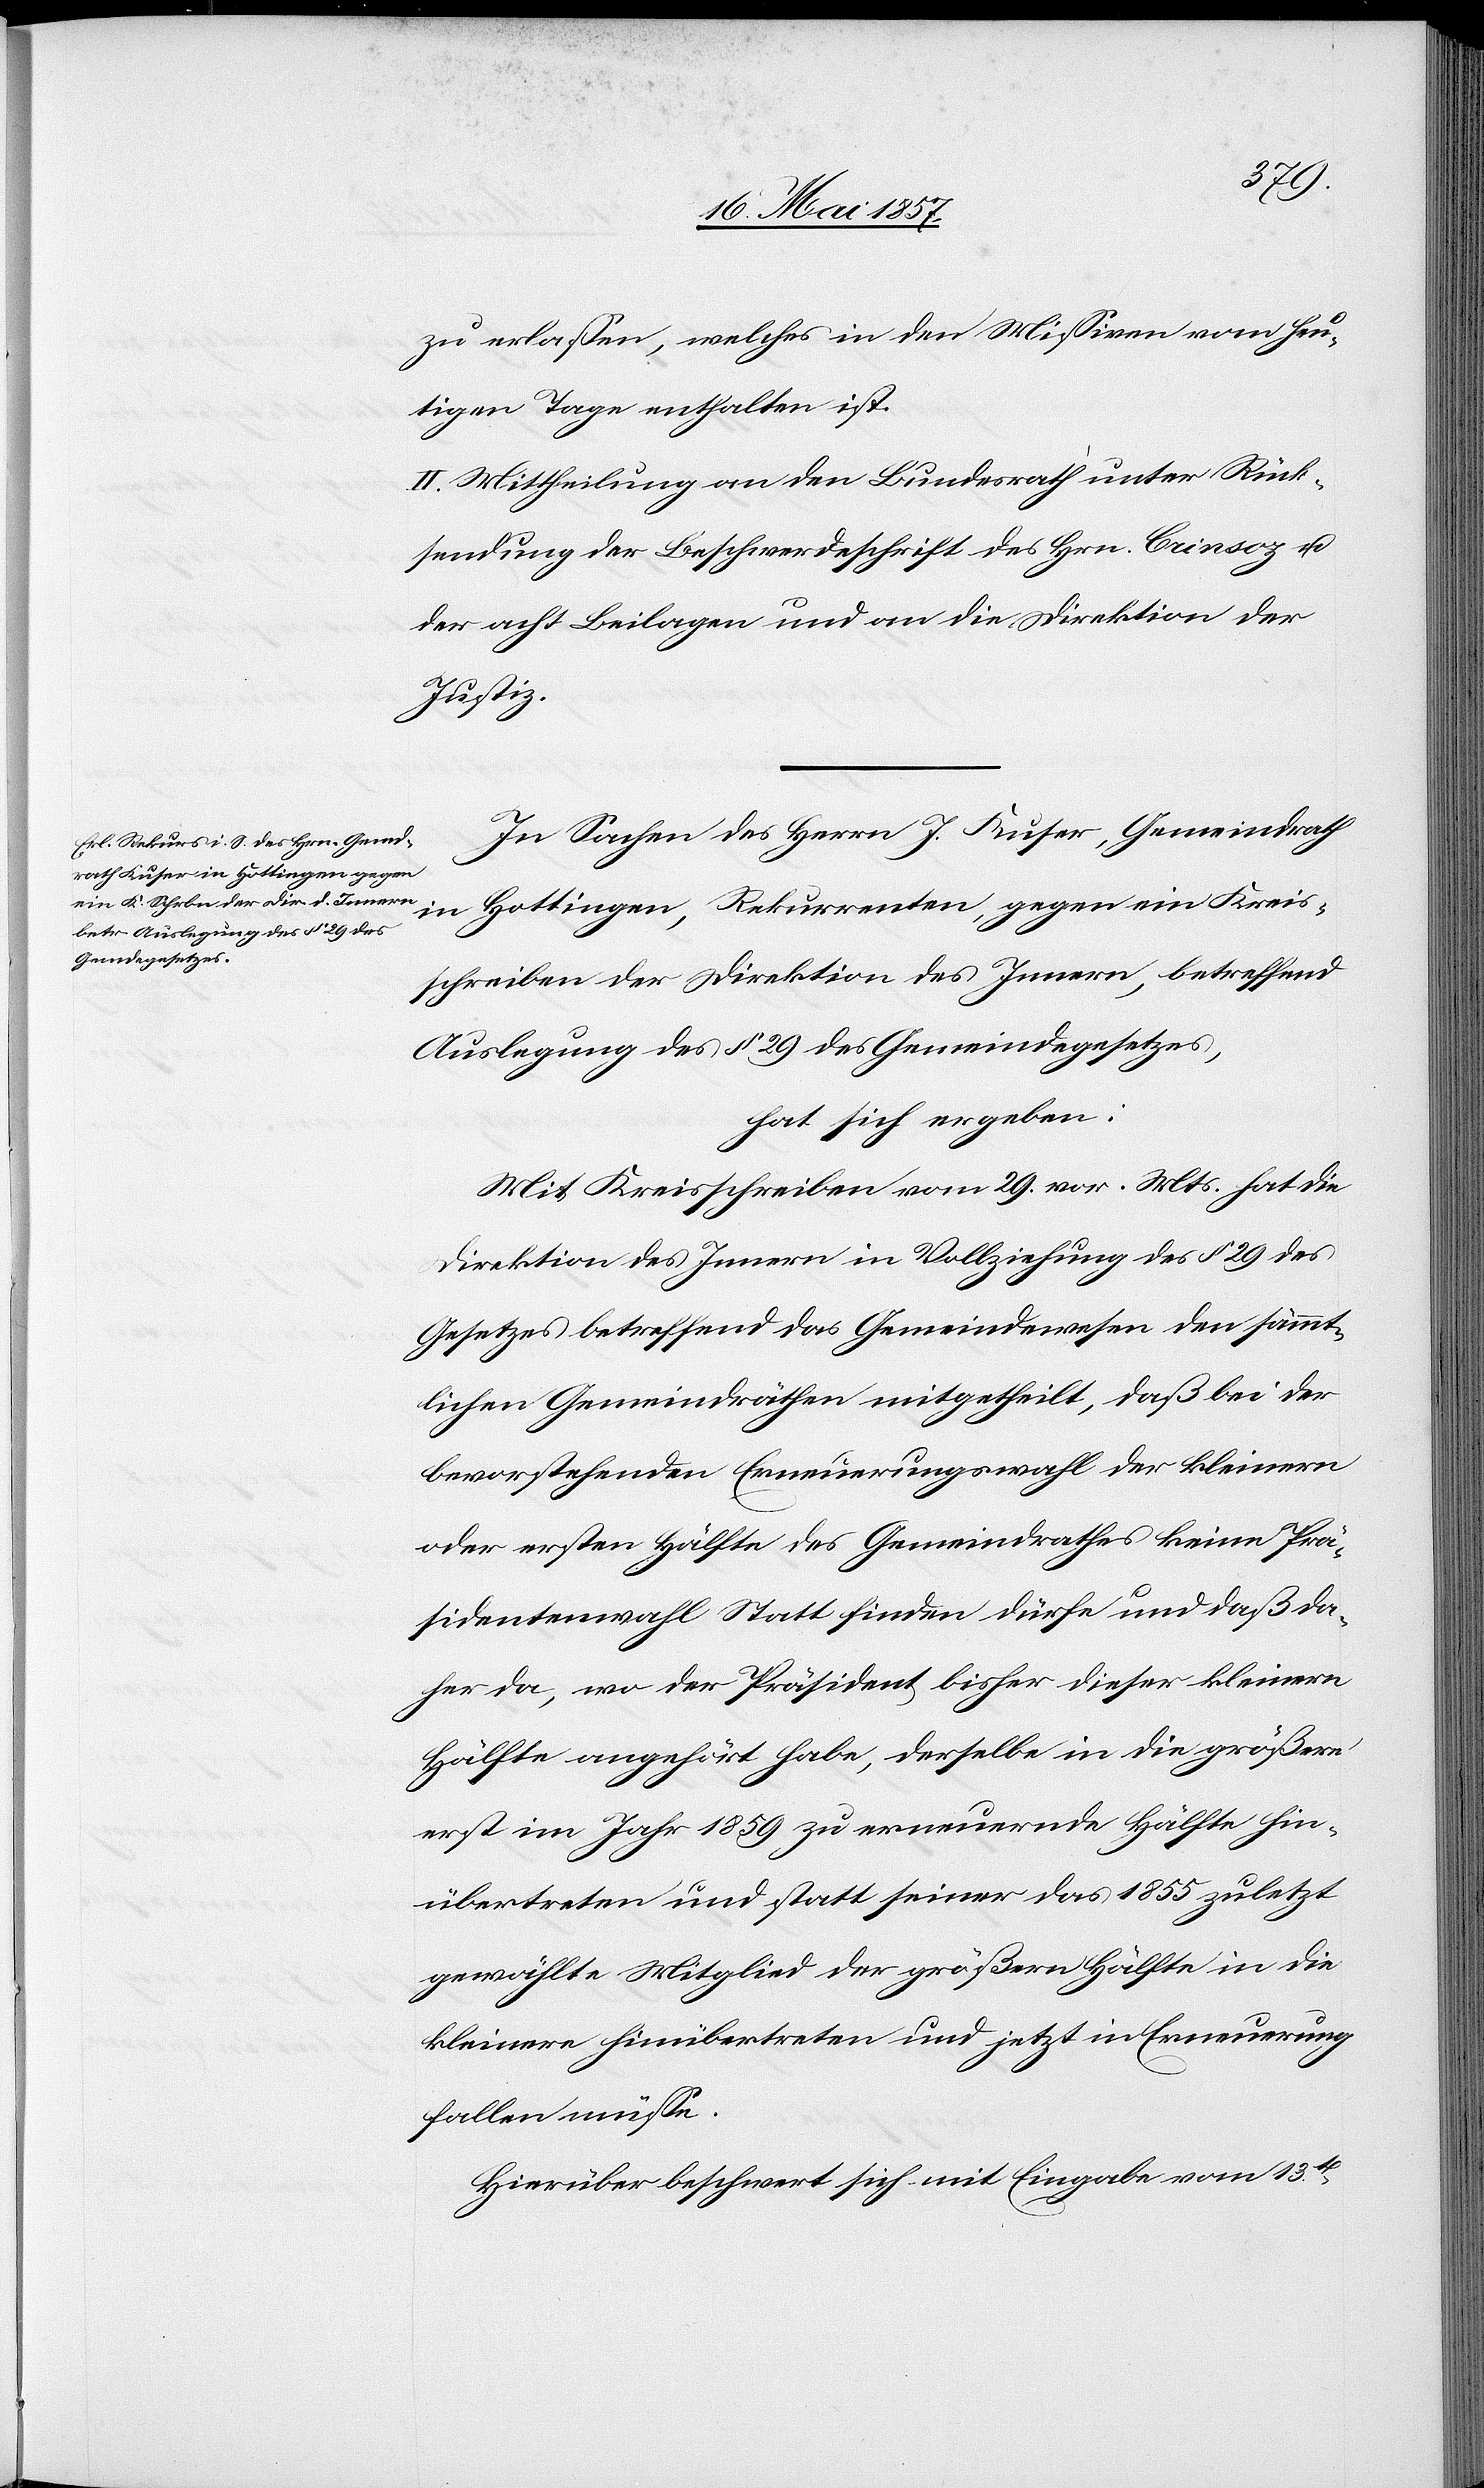
Kreis¬
zu erlassen, welches in den Missiven vom heu¬
tigen Tage enthalten ist.
II. Mittheilung an den Bundesrath unter Rück¬
sendung der Beschwerdeschrift des Hrn. Crinsoz &
der acht Beilagen und an die Direktion der
Justiz.
In Sachen des Herrn J. Kuser, Gemeindrath
schreiben der Direktion des Innern, betreffend
Auslegung des § 29 des Gemeindegesetzes,
hat sich ergeben:
Mit Kreisschreiben vom 29 vor. Mts. hat die
Direktion des Innern in Vollziehung des § 29 des
Gesetzes betreffend das Gemeindewesen den sämmt¬
lichen Gemeindräthen mitgetheilt, daß bei der
bevorstehenden Erneuerungswahl der kleinern
oder ersten Hälfte des Gemeindrathes keine Prä¬
sidentenwahl Statt finden dürfe und daß da¬
her da, wo der Präsident bisher dieser kleinern
Hälfte angehört habe, derselbe in die größere
erst im Jahr 1859 zu erneuernde Hälfte hin¬
übertreten und statt seiner das 1855 zuletzt
gewählte Mitglied der größern Hälfte in die
kleinere hinübertreten und jetzt in Erneuerung
fallen müsse.
Hierüber beschwert sich mit Eingabe vom 13ten